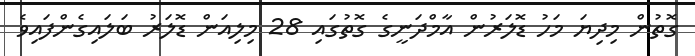
ގޮތުން މިދިޔަ މަހު ޑޮލަރުން އާމްދަނީގެ ގޮތުގައި 28 މިލިއަން ޑޮލަރު ބަލައިގެންފައިވެ